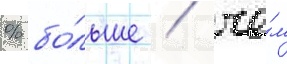
% бо́льше / че́м